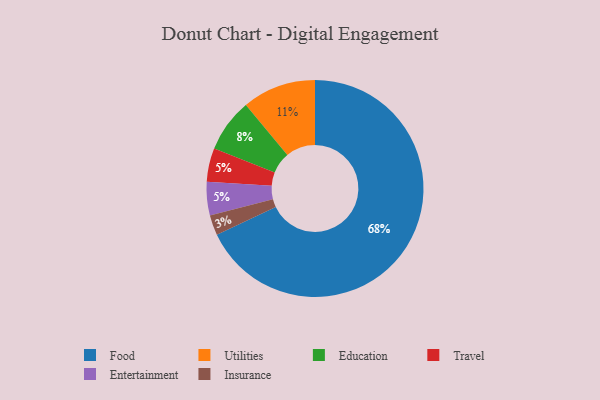
{"axis": {"x": "Category", "y": "Percentage"}, "legend": ["Education", "Entertainment", "Food", "Insurance", "Travel", "Utilities"], "data": [{"x": "Education", "y": 8, "type": "Education"}, {"x": "Insurance", "y": 3, "type": "Insurance"}, {"x": "Food", "y": 68, "type": "Food"}, {"x": "Utilities", "y": 11, "type": "Utilities"}, {"x": "Travel", "y": 5, "type": "Travel"}, {"x": "Entertainment", "y": 5, "type": "Entertainment"}]}